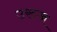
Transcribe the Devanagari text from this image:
उरुज